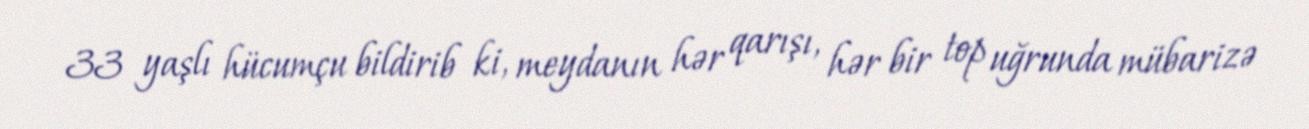
33 yaşlı hücumçu bildirib ki, meydanın hər qarışı, hər bir top uğrunda mübarizə